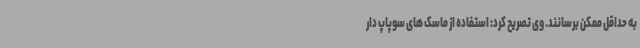
به حداقل ممکن برسانند. وی تصریح کرد: استفاده از ماسک های سوپاپ دار